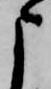
よ